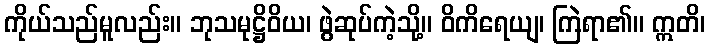
ကိုယ်သည်မူလည်း။ ဘုသမုဋ္ဌိဝိယ၊ ဖွဲဆုပ်ကဲ့သို့။ ဝိကိရေယျ၊ ကြဲရာ၏။ ဣတိ၊